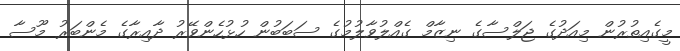
މީގެއިތުރުން މިއަދުގެ ޖަލްސާގެ ނިޒާމް ގެއްލުވާލުމުގެ ސަބަބުން ހުޅުހެންވޭރު ދާއިރާގެ މެންބަރު މޫސާ